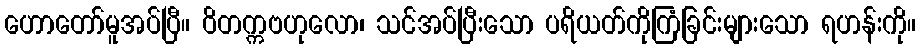
ဟောတော်မူအပ်ပြီ။ ဝိတက္ကဗဟုလော၊ သင်အပ်ပြီးသော ပရိယတ်ကိုကြံခြင်းများသော ရဟန်းကို။